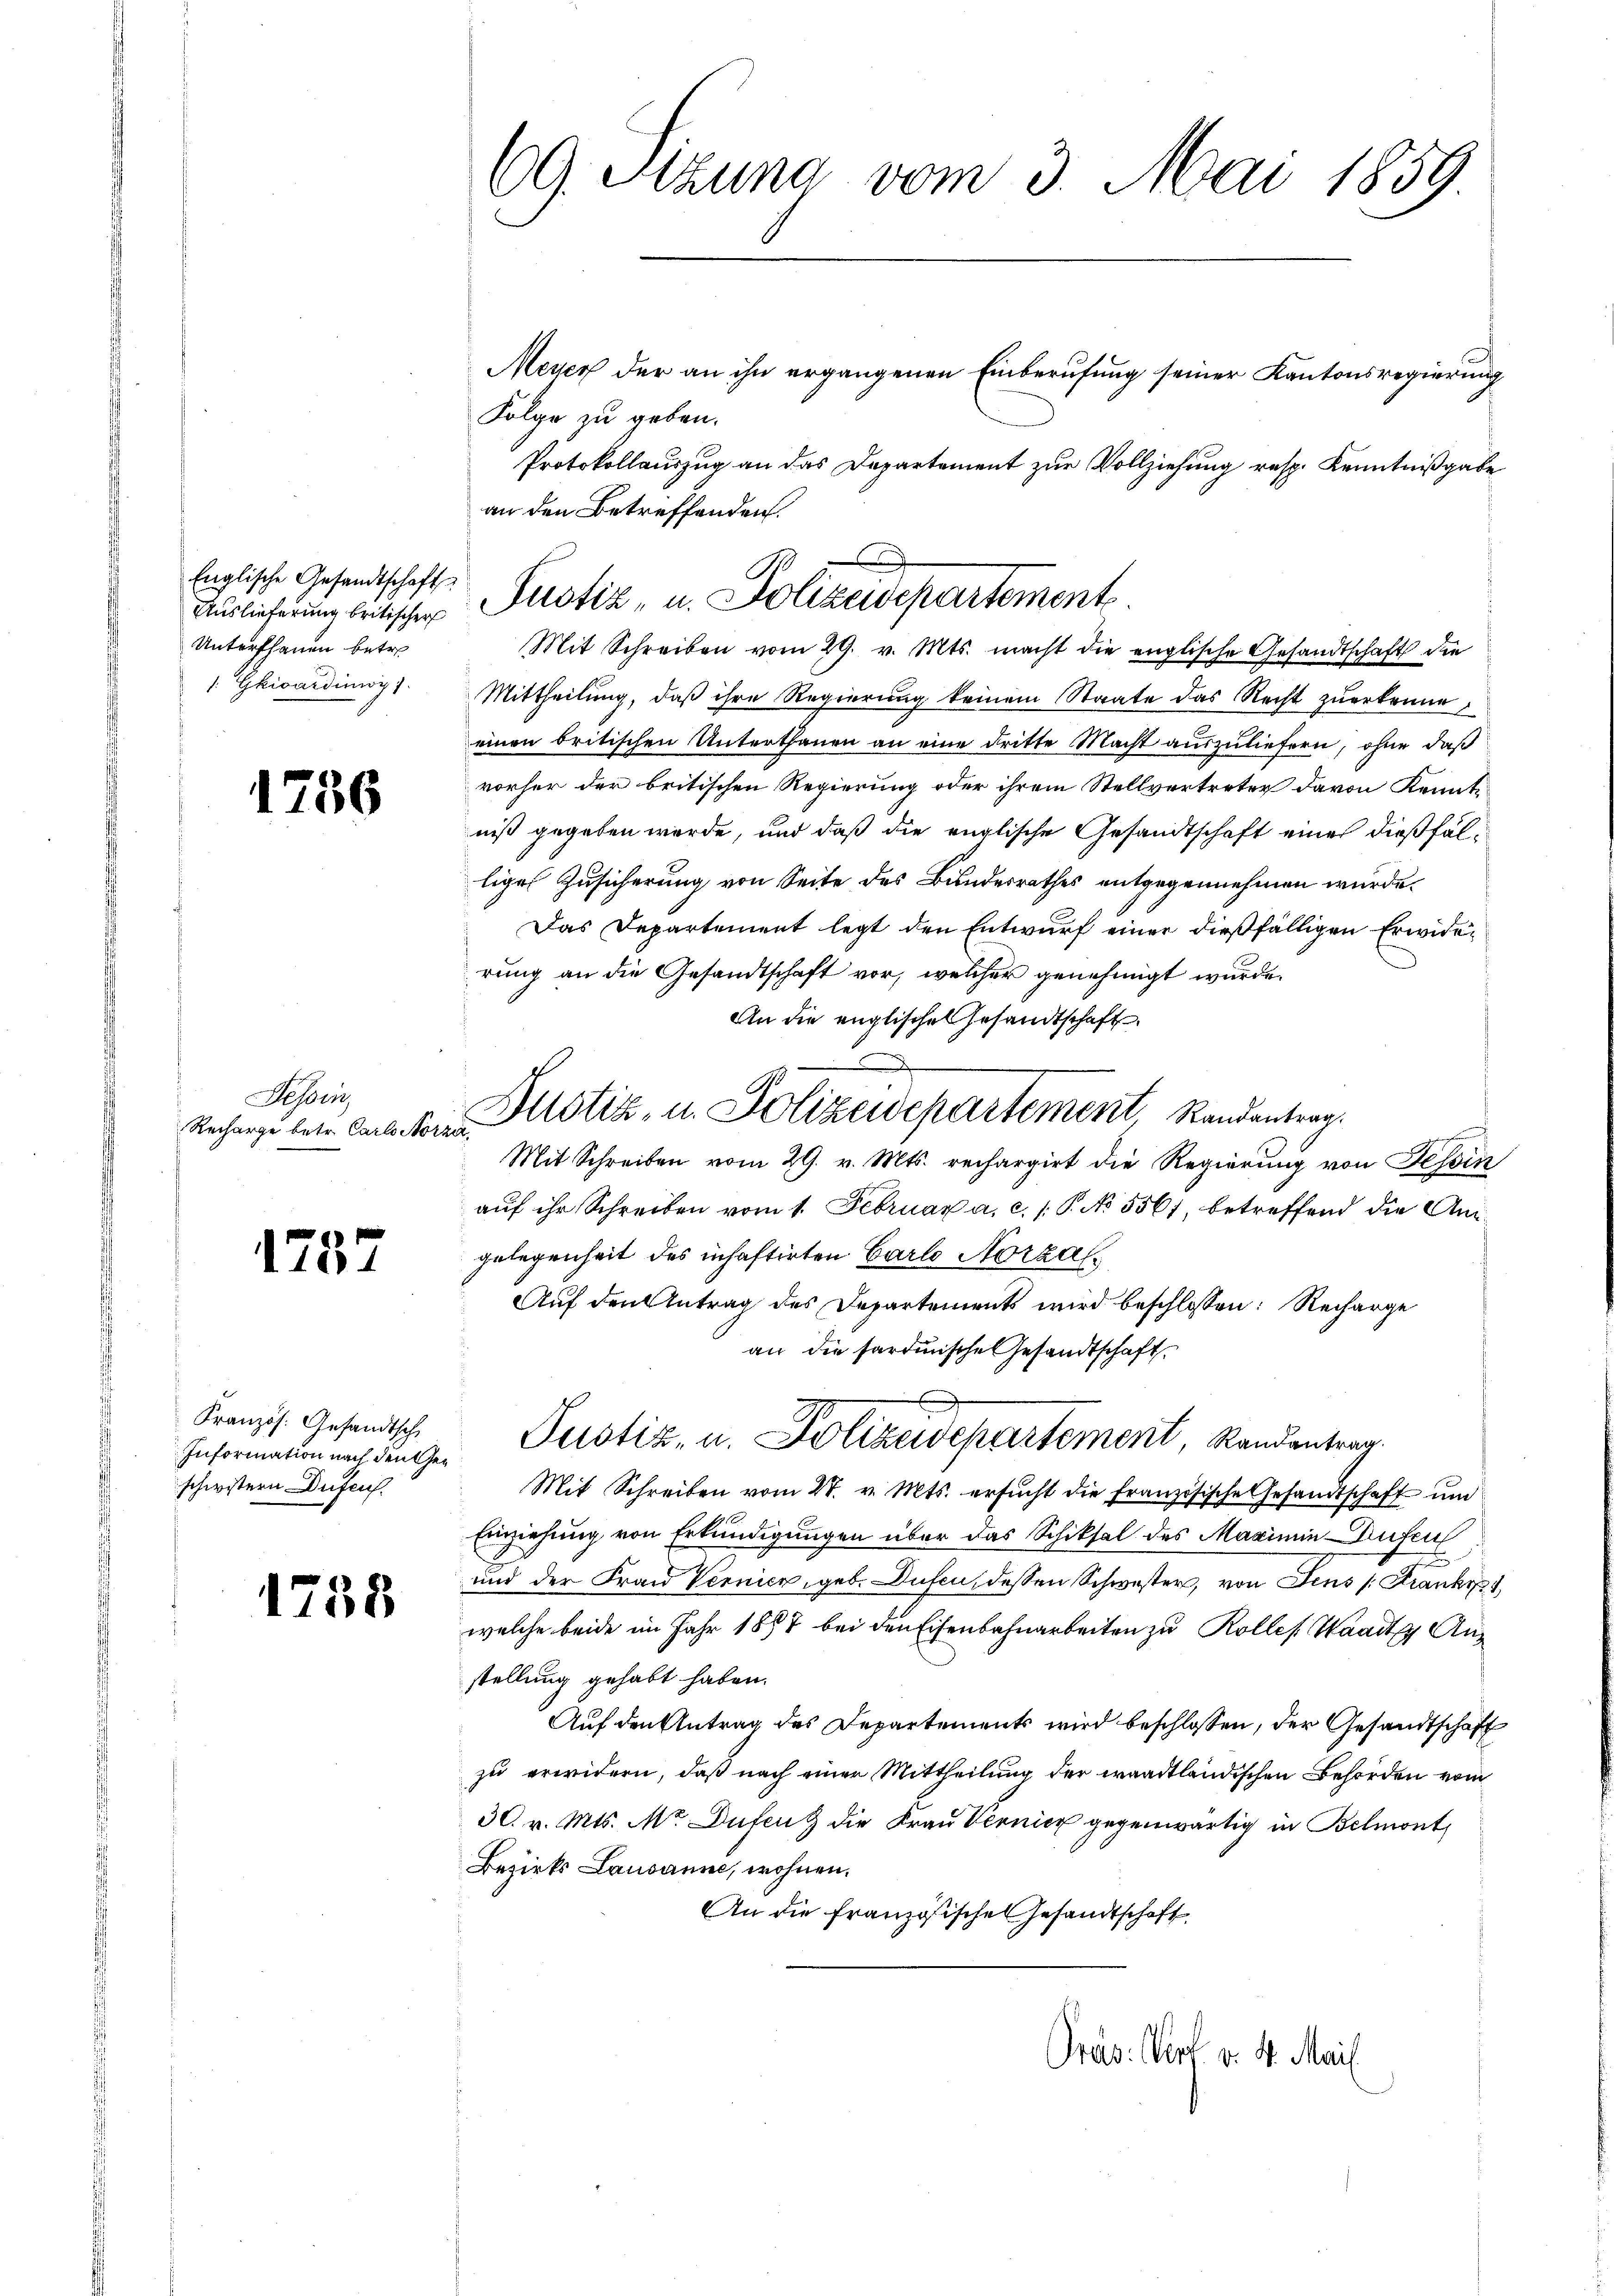
Englische Gesandtschaft
Auslieferung britischer
Unterthanen betre
/. Gkivardinoy).

1756

Bessen
Recharge betr. Carlo Stor

1757

Französ. Gesandtsch
Information nach den Geschwistern Dufen.

1738

69. Sizung vom 3. Mai 1859.

Meyer der an ihn ergangenen Einberufung seiner Kantonsregierung
Folge zu geben.
Protokollauszug an das Departement zur Vollziehung resp. Kenntnißgabe
an den Betreffenden.
Mit Schreiben vom 29. v. Mts. macht die englische Gesandtschaft die
Mittheilung, daß ihre Regierung keinem Staate das Recht zuerkenne
einen britischen Unterthanen an eine dritte Macht auszuliefern, ohne daß
vorher der britischen Regierung oder ihrem Stellvertreter davon Kenntniß gegeben werde, und daß die englische Gesandtschaft eines dießfällige Zusicherung von Seite des Bundesrathes entgegennehmen wurde.
Das Departement legt den Entwurf einer dießfälligen Erwiderung an die Gesandtschaft vor, welcher genehmigt wurde.
An die englischen Gesandtschaft
Justiz- u. Polizeidepartement, Randantrag.
de
Mit Schreiben vom 29. v. Mts. rechargirt die Regierung von Tessin
aŭf ihr Schreiben vom 1. Februar a. c. 1 P. No 5561, betreffend die Angelegenheit des inhaftirten Carlo Norzal
Auf den Antrag des Departements wird beschlossen: Recharge
an die sardinische Gesandtschaft
Justiz- u. Polizeidepartement, Randantrag
Mit Schreiben vom 27. v. Mts. ersucht die französische Gesandtschaft und
Einziehung von Erkundigungen über das Schiksal des Maximin-Aufen
und der Frau Vernien, geb. Dufen, dessen Schwester, von Jens (Frankop
welche beide im Jahr 1897 bei den Eisenbahnarbeiten zu Kolles Waadt Anstellung gehabt haben.
Auf den Antrag des Departements wird beschlossen, der Gesandtschaft
zu erwidern, daß nach einer Mittheilung der waadtländischen Behörden vom
30. v. Mts. Mr. Dufen die Frau Vernicz gegenwärtig in Belmont,
Bezirks Lausanne, wohnen.
An die französischen Gesandtschaft

.
Justiz- u. Polizeidepartements

Präs. Kerl v. 4. Mail